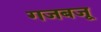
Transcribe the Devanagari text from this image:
गजबजू